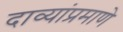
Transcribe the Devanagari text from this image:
दाव्यांप्रमाणे